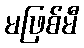
မဖြစ်မီ